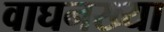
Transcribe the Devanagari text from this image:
वाघनख्या